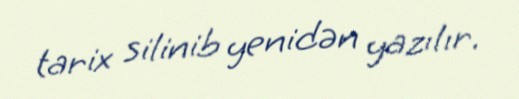
tarix silinib yenidən yazılır.